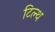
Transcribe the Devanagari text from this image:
टिल्थ